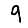
Digit: 9